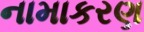
નામાકરણ